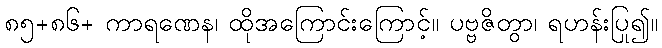
၈၅+၈၆+ ကာရဏေန၊ ထိုအကြောင်းကြောင့်။ ပဗ္ဗဇိတွာ၊ ရဟန်းပြု၍။